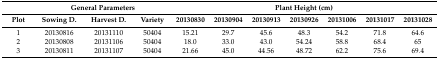
<table><thead><tr><td></td><td colspan="3"><b>General Parameters</b></td><td colspan="7"><b>Plant Height (cm)</b></td></tr><tr><td><b>Plot</b></td><td><b>Sowing D.</b></td><td><b>Harvest D.</b></td><td><b>Variety</b></td><td><b>20130830</b></td><td><b>20130904</b></td><td><b>20130913</b></td><td><b>20130926</b></td><td><b>20131006</b></td><td><b>20131017</b></td><td><b>20131028</b></td></tr></thead><tbody><tr><td>1</td><td>20130816</td><td>20131110</td><td>50404</td><td>15.21</td><td>29.7</td><td>45.6</td><td>48.3</td><td>54.2</td><td>71.8</td><td>64.6</td></tr><tr><td>2</td><td>20130808</td><td>20131106</td><td>50404</td><td>18.0</td><td>33.0</td><td>43.0</td><td>54.24</td><td>58.8</td><td>68.4</td><td>65</td></tr><tr><td>3</td><td>20130811</td><td>20131107</td><td>50404</td><td>21.66</td><td>45.0</td><td>44.56</td><td>48.72</td><td>62.2</td><td>75.6</td><td>69.4</td></tr></tbody></table>